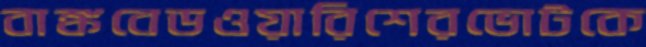
বাঙ্কবেডওয়ারিশেরভোটকে